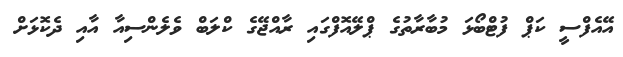
އޭއެފްސީ ކަޕް ފުޓްބޯޅަ މުބާރާތުގެ ޕްލޭއޮފްގައި ރާއްޖޭގެ ކްލަބް ވެލެންސިއާ އާއި ދެކޮޅަށް